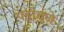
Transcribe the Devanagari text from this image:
पहोचणे